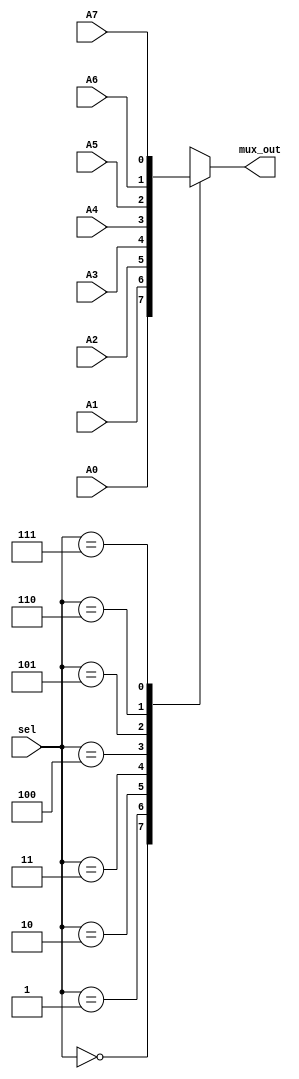

module mux_8to1 (A0, A1, A2, A3, A4, A5, A6, A7, sel, mux_out);
input  A0, A1, A2, A3, A4, A5, A6, A7;
input [2:0] sel;
output reg mux_out;

always@(*) begin
	case(sel) 
		3'b000: mux_out <= A0;
		3'b001: mux_out <= A1;
		3'b010: mux_out <= A2;
		3'b011: mux_out <= A3;
		3'b100: mux_out <= A4;
		3'b101: mux_out <= A5;
		3'b110: mux_out <= A6;
		3'b111: mux_out <= A7;
	endcase
end


endmodule